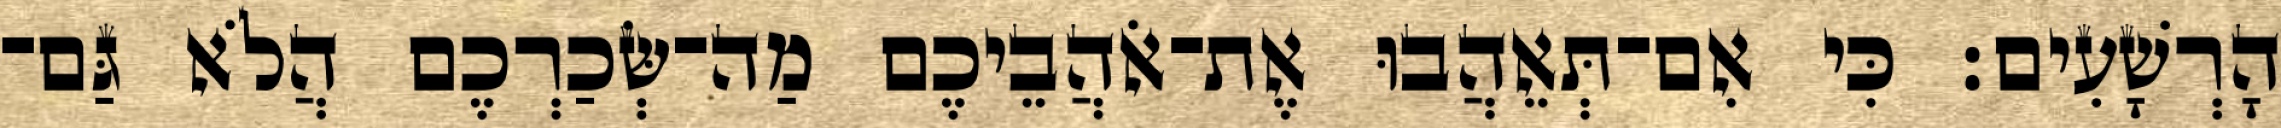
הָרְשָׁעִים׃ כִּי אִם־תְּאֵהֲבוּ אֶת־אֹהֲבֵיכֶם מַה־שְּׂכַרְכֶם הֲלֹא גַּם־